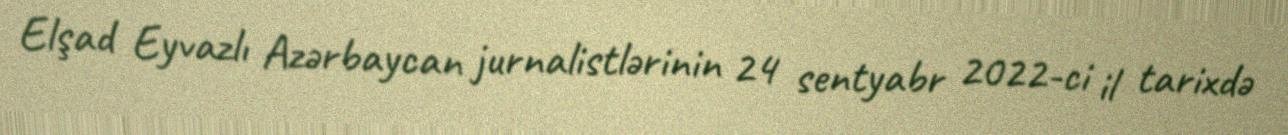
Elşad Eyvazlı Azərbaycan jurnalistlərinin 24 sentyabr 2022-ci il tarixdə